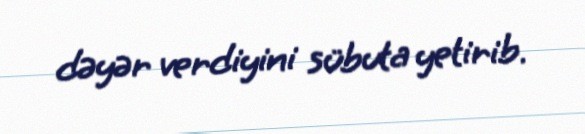
dəyər verdiyini sübuta yetirib.